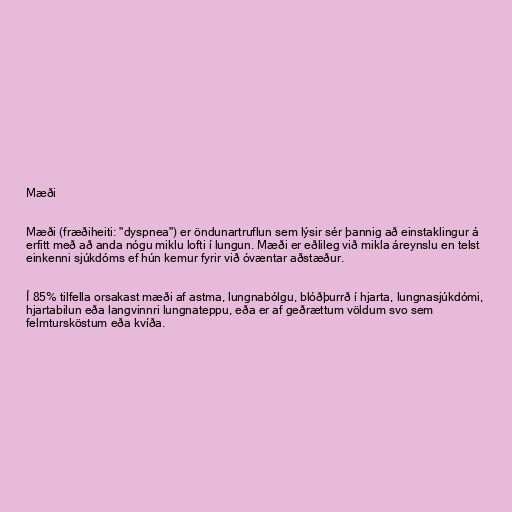
Mæði

Mæði (fræðiheiti: "dyspnea") er öndunartruflun sem lýsir sér þannig að einstaklingur á
erfitt með að anda nógu miklu lofti í lungun. Mæði er eðlileg við mikla áreynslu en telst
einkenni sjúkdóms ef hún kemur fyrir við óvæntar aðstæður.

Í 85% tilfella orsakast mæði af astma, lungnabólgu, blóðþurrð í hjarta, lungnasjúkdómi,
hjartabilun eða langvinnri lungnateppu, eða er af geðrættum völdum svo sem
felmtursköstum eða kvíða.